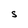
Character: S